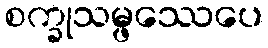
စက္ခုသမ္ဖဿေပေ